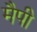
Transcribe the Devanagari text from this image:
मैपी